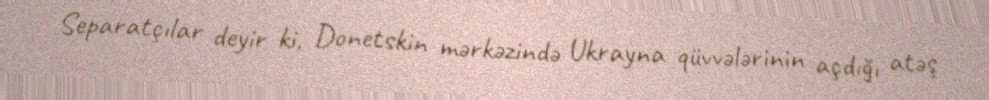
Separatçılar deyir ki, Donetskin mərkəzində Ukrayna qüvvələrinin açdığı atəş